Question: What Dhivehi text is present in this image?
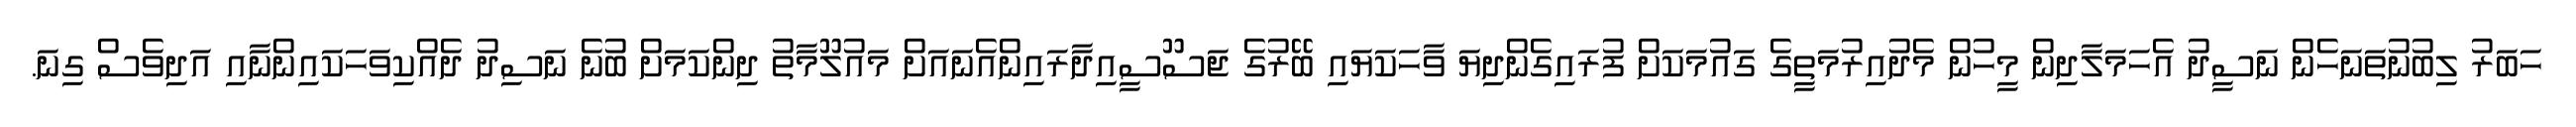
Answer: ހަބަރު ލިބުނުތަނަހެން ނަސީދު އެހަމަލާދިން މީހުން މެދުއިރުމަތީގެ ގައުމަކަށް ފުރައިގެންދިޔަ ވާހަކަޔައި ބޭރުގެ ޖަސޫސީއިދާރައިންއެނައަށް މައުލޫމާތު ދިންކަމަށް ބުނެ ނަސިދު ދެއްކިވަހަކައިންނާއި އަދިވެސް ގިނަ.